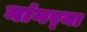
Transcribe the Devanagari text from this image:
नांगर्‍या